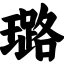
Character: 璐